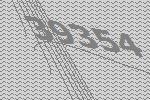
39354